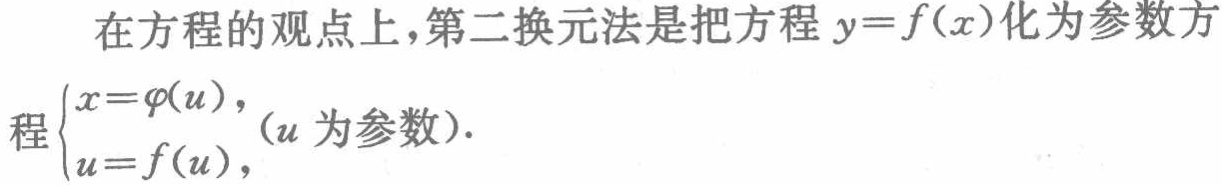
在方程的观点上，第二换元法是把方程\(y = f(x)\)化为参数方程\(\begin{cases}x = \varphi(u),\\u = f(u),\end{cases}\)（\(u\)为参数）.